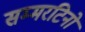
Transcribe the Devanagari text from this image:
सम्मरटिनो